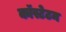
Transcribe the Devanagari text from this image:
कॉस्टेटम